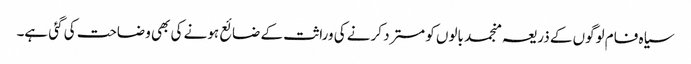
سیاہ فام لوگوں کے ذریعہ منجمد بالوں کو مسترد کرنے کی وراثت کے ضائع ہونے کی بھی وضاحت کی گئی ہے۔